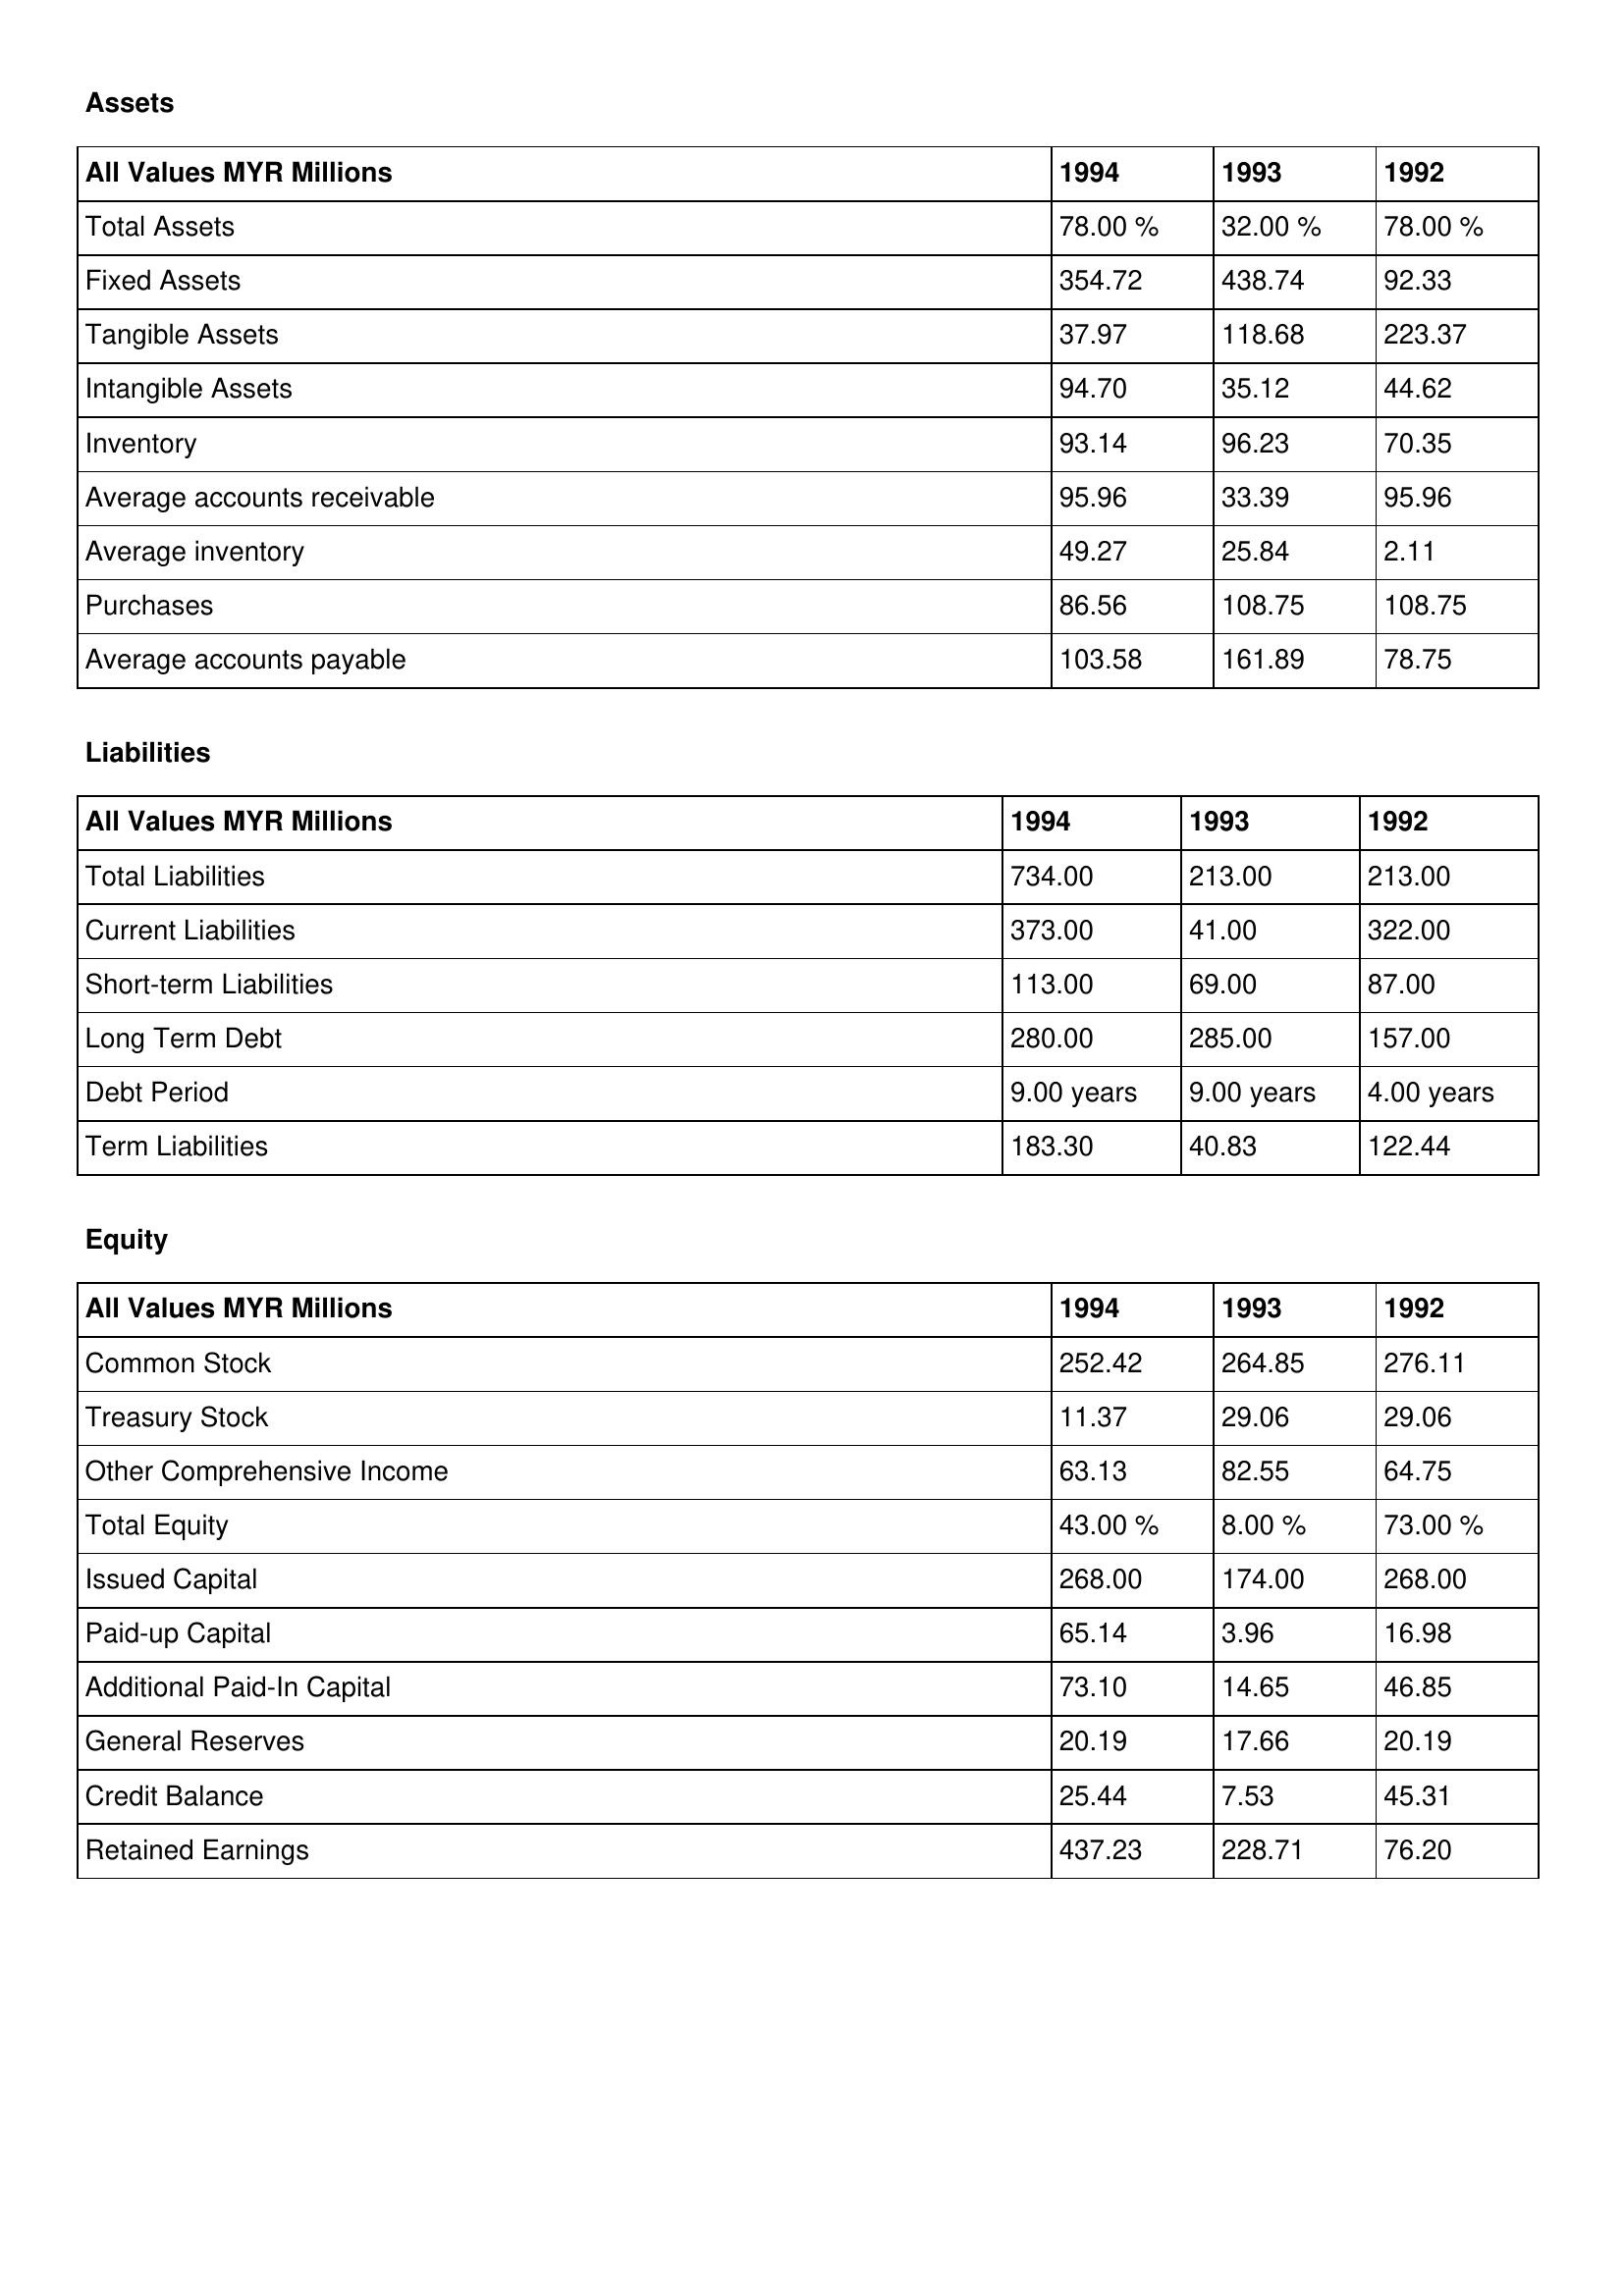
gt_parse: 1994: Assets: Total Assets: 78.00 %
Fixed Assets: 354.72
Tangible Assets: 37.97
Intangible Assets: 94.70
Inventory: 93.14
Average accounts receivable: 95.96
Average inventory: 49.27
Purchases: 86.56
Average accounts payable: 103.58
Liabilities: Total Liabilities: 734.00
Current Liabilities: 373.00
Short-term Liabilities: 113.00
Long Term Debt: 280.00
Debt Period: 9.00 years
Term Liabilities: 183.30
Equity: Common Stock: 252.42
Treasury Stock: 11.37
Other Comprehensive Income: 63.13
Total Equity: 43.00 %
Issued Capital: 268.00
Paid-up Capital: 65.14
Additional Paid-In Capital: 73.10
General Reserves: 20.19
Credit Balance: 25.44
Retained Earnings: 437.23
1993: Assets: Total Assets: 32.00 %
Fixed Assets: 438.74
Tangible Assets: 118.68
Intangible Assets: 35.12
Inventory: 96.23
Average accounts receivable: 33.39
Average inventory: 25.84
Purchases: 108.75
Average accounts payable: 161.89
Liabilities: Total Liabilities: 213.00
Current Liabilities: 41.00
Short-term Liabilities: 69.00
Long Term Debt: 285.00
Debt Period: 9.00 years
Term Liabilities: 40.83
Equity: Common Stock: 264.85
Treasury Stock: 29.06
Other Comprehensive Income: 82.55
Total Equity: 8.00 %
Issued Capital: 174.00
Paid-up Capital: 3.96
Additional Paid-In Capital: 14.65
General Reserves: 17.66
Credit Balance: 7.53
Retained Earnings: 228.71
1992: Assets: Total Assets: 78.00 %
Fixed Assets: 92.33
Tangible Assets: 223.37
Intangible Assets: 44.62
Inventory: 70.35
Average accounts receivable: 95.96
Average inventory: 2.11
Purchases: 108.75
Average accounts payable: 78.75
Liabilities: Total Liabilities: 213.00
Current Liabilities: 322.00
Short-term Liabilities: 87.00
Long Term Debt: 157.00
Debt Period: 4.00 years
Term Liabilities: 122.44
Equity: Common Stock: 276.11
Treasury Stock: 29.06
Other Comprehensive Income: 64.75
Total Equity: 73.00 %
Issued Capital: 268.00
Paid-up Capital: 16.98
Additional Paid-In Capital: 46.85
General Reserves: 20.19
Credit Balance: 45.31
Retained Earnings: 76.20